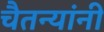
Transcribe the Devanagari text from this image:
चैतन्यांनी